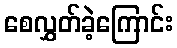
စေလွှတ်ခဲ့ကြောင်း